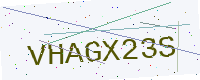
Text: VHAGX23S